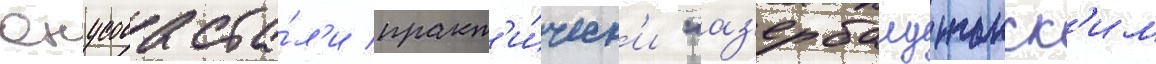
юнусова ста́л'и практ'и́ческ'и "аз'ербаиджанск'им